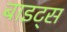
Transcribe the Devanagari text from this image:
बाइट्‌स